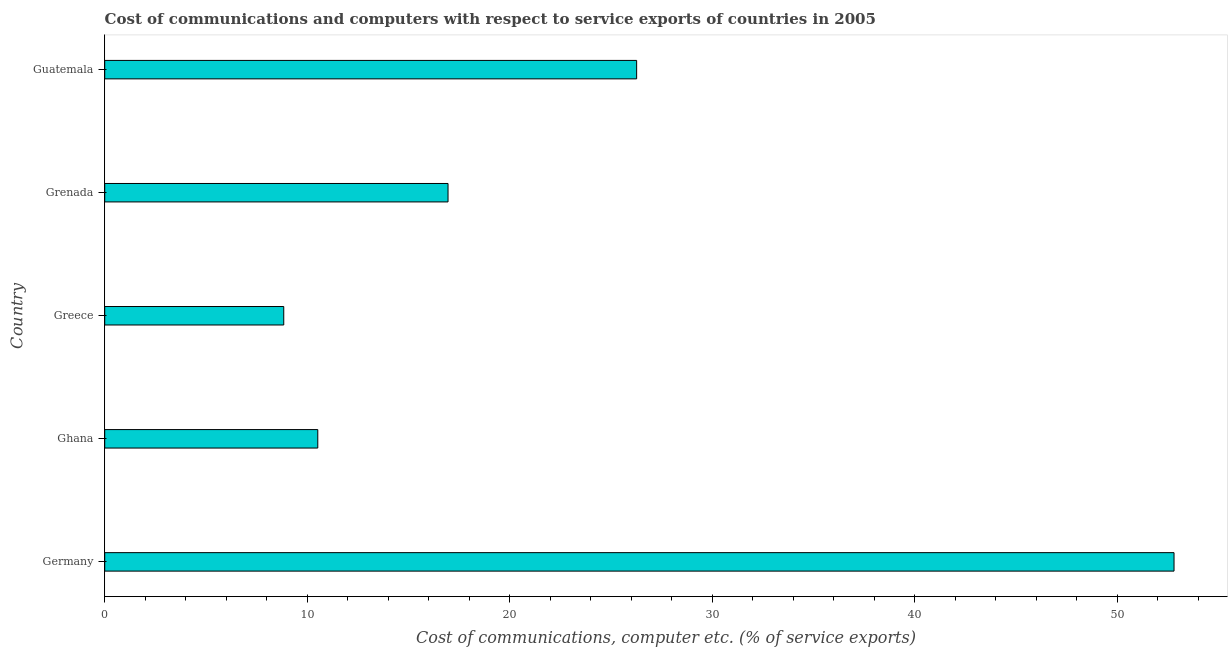
| Country | Communications |
 | --- | --- |
 | Germany | 52.8 |
 | Ghana | 10.5 |
 | Greece | 8.84 |
 | Grenada | 17 |
 | Guatemala | 26.3 |